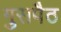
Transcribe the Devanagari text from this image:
गुसपैठ